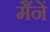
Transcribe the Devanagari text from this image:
मैंनें